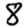
Digit: 8